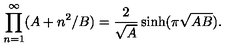
\prod _ { n = 1 } ^ { \infty } ( A + n ^ { 2 } / B ) = { \frac { 2 } { \sqrt { A } } } \sinh ( \pi \sqrt { A B } ) .